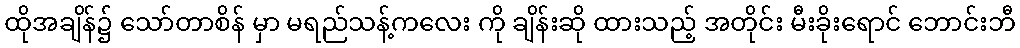
ထိုအချိန်၌ သော်တာစိန် မှာ မရည်သန့်ကလေး ကို ချိန်းဆို ထားသည့် အတိုင်း မီးခိုးရောင် ဘောင်းဘီ